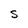
Character: S